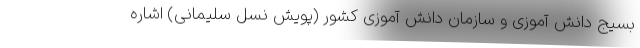
بسیج دانش آموزی و سازمان دانش آموزی کشور (پویش نسل سلیمانی) اشاره